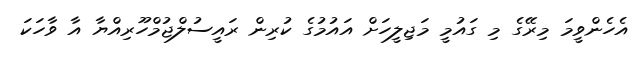
އެހެންވީމަ މިރޭގެ މި ގައުމީ މަޖިލީހަށް އައުމުގެ ކުރިން ރައީސުލްޖުމްހޫރިއްޔާ އާ ވާހަކަ